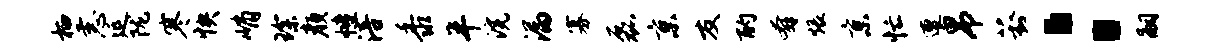
栖恚延陇寒怏峭琛颜幢涪黍半浣漏寡磊京友酌奔煨京忙遭帛葑：嗣